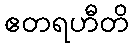
ဧတရဟီတိ